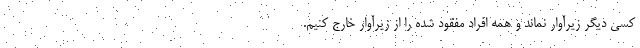
کسی دیگر زیرآوار نماند و همه افراد مفقود شده را از زیرآوار خارج کنیم.